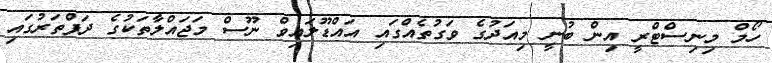
ހޯމް މިނިސްޓްރީ އިން ބުނީ މިއަދުގެ ވަގުތެއްގައި އައްޑޫލައިވް ނޫސް މަޖައްލާތަކުގެ ދަފްތަރުގައި